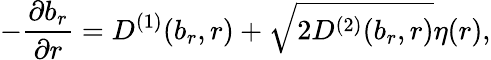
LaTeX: -\frac{\partial b_{r}}{\partial r}=D^{(1)}(b_{r},r)+\sqrt{2D^{(2)}(b_{r},r)}\eta(r),